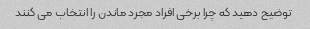
توضیح دهید که چرا برخی افراد مجرد ماندن را انتخاب می کنند